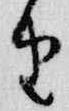
由